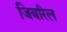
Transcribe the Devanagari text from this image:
जिबरिल